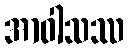
အာဝါသဿ